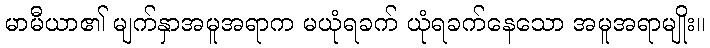
မာမီယာ၏ မျက်နှာအမူအရာက မယုံရခက် ယုံရခက်နေသော အမူအရာမျိုး။